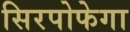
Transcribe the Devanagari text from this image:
सिरपोफेगा